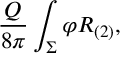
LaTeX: \frac { Q } { 8 \pi } \int _ { \Sigma } \varphi R _ { ( 2 ) } ,